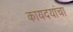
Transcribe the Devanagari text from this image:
कायदयांचा